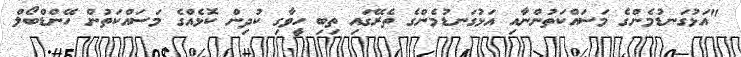
"އަޅުގަނޑުމެންގެ މަސައްކަތުންނާއި އަޅުގަނޑުމެންގެ ތެރޭގައި ތިބި ހީވާގި ކުދިން ކޮޅެއްގެ މަސައްކަތުން ހޭންޑްބޯލް